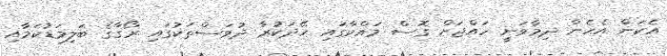
އެކަން އެހެން ދިމާވަނީ ހައްޖަށް ގޮސް މައްކާގައި ހޭދަކުރާ ދުވަސްތަކުގައި ރޯގާގެ ބަލިމަޑުކަމާއި